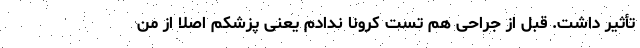
تأثیر داشت. قبل از جراحی هم تست کرونا ندادم یعنی پزشکم اصلاً از من